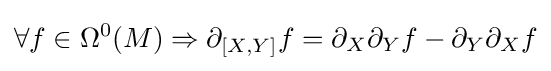
\forall f\in \Omega ^{0}(M)\Rightarrow \partial _{[X,Y]}f=\partial _{X}\partial _{Y}f-\partial _{Y}\partial _{X}f